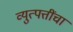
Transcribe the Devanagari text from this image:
व्युत्पत्तींचा